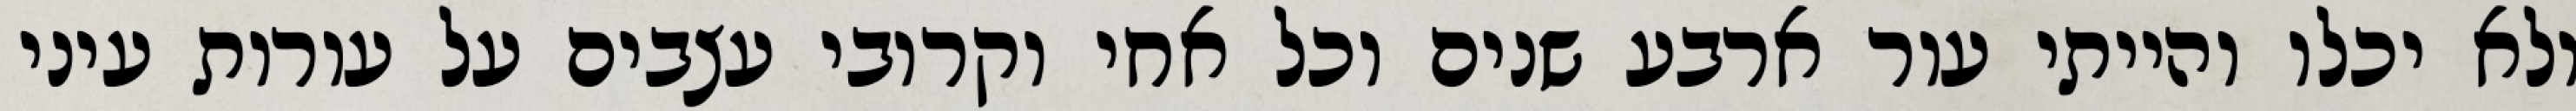
ולא יכלו והייתי עור ארבע שנים וכל אחי וקרובי עצבים על עורות עיני